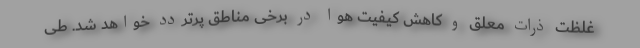
غلظت ذرات معلق و کاهش کیفیت هوا در برخی مناطق پرتردد خواهد شد. طی